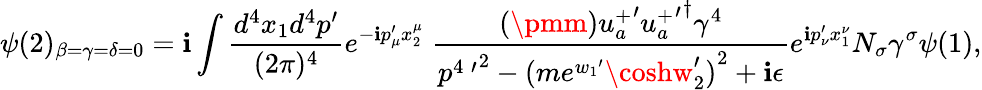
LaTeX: \psi(2)_{\beta=\gamma=\delta=0}=\mathbf{i}\int\frac{{d^{4}x_{1}d^{4}p^{\prime}}}{{(2\pi)^{4}}}e^{-\mathbf{i}p_{\mu}^{\prime}x_{2}^{\mu}}\; \frac{{(\pmm){u_{a}^{+}}^{\prime}{{u_{a}^{+}}^{\prime}}^{\dagger}\gamma^{4}}}{{{p^{4\; \prime}}^{2}-{(me^{{w_{1}}^{\prime}}\coshw_{2}^{\prime})}^{2}+\mathbf{i}\epsilon}}e^{\mathbf{i}p_{\nu}^{\prime}x_{1}^{\nu}}N_{\sigma}\gamma^{\sigma}\psi(1),